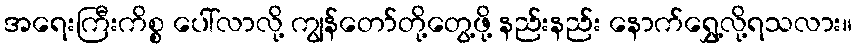
အရေးကြီးကိစ္စ ပေါ်လာလို့ ကျွန်တော်တို့တွေ့ဖို့ နည်းနည်း နောက်ရွှေ့လို့ရသလား။